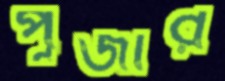
পূজার